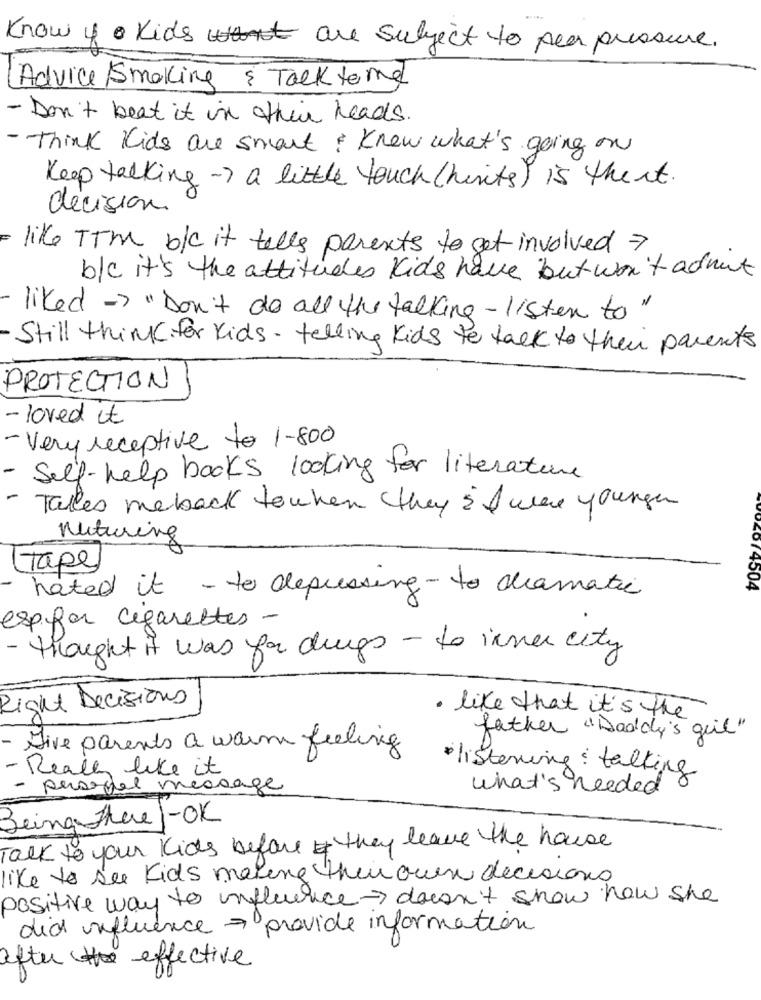
Know of kids are subject to peer pressure.
(Advice / Smoking & Talk to me
- Don't beat it in their heads.
- Think Kids are smart ? Know what's going on
Keep talking-> a little touch ( hunts) is theit.
decisión
like TTM b/c it tells parents to get involved >
b/c it's the attitudes kids have but won't admit
liked -> "Don't do all the talking -listen to"
- Still thinkk for kids - telling kids to talk to their parents
PROTECTION
- loved it
- Very receptive to 1-800
- Self-help books looking for literature
-
Talles meback towhen they s I were youngen
Nuturing
Tape
hated it - to depressing - to diamatic
201 4504
expfor cigarettes -
-
thought it was for drugs - to inner city
Right Decisions
· like that it's the
father "Daddy's girl"
- Sive parents a warm feeling
- Really like it
· listening : talking
- personal message
what's needed
Being There 1-OK
Talk to your kids before they leave the house
like to see kids mering their own decisions
positive way to influence> doesn't show how she
did inifluence = provide information
after the effective